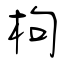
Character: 枸